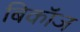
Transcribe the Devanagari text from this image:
बिकॉज